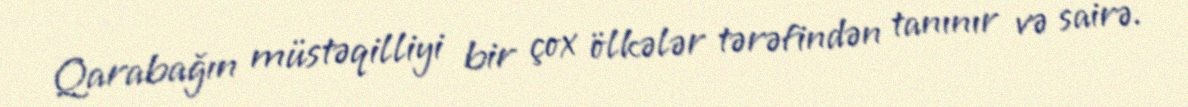
Qarabağın müstəqilliyi bir çox ölkələr tərəfindən tanınır və sairə.